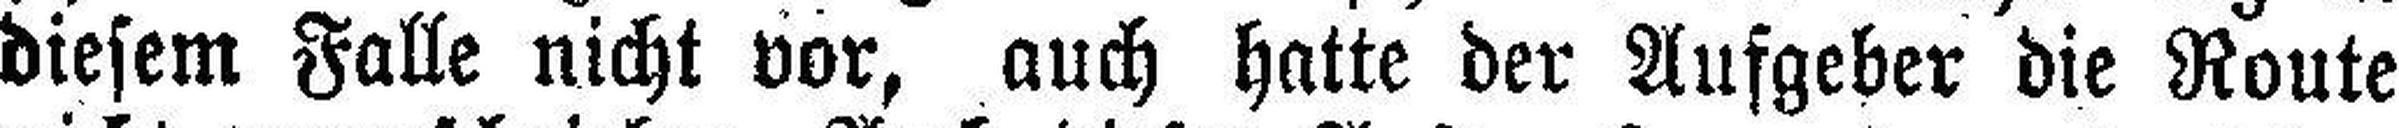
diesem Falle nicht vor, auch hatte der Aufgeher die Route